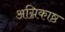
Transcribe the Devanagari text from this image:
अग्निकाष्ठ